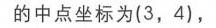
的中点坐标为$(3,4)$，